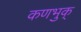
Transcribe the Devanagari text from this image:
कणभुक्